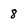
Character: 8